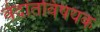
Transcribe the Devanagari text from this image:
वेदांतविषयक